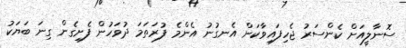
ސޮނާލީއަށް ކެންސަރު ޖެހިފައިވާކަން އެނގުނު އެންމެ ފުރަތަމަ ދުވަހުން ފެށިގެން ގިނަ ބަޔަކު